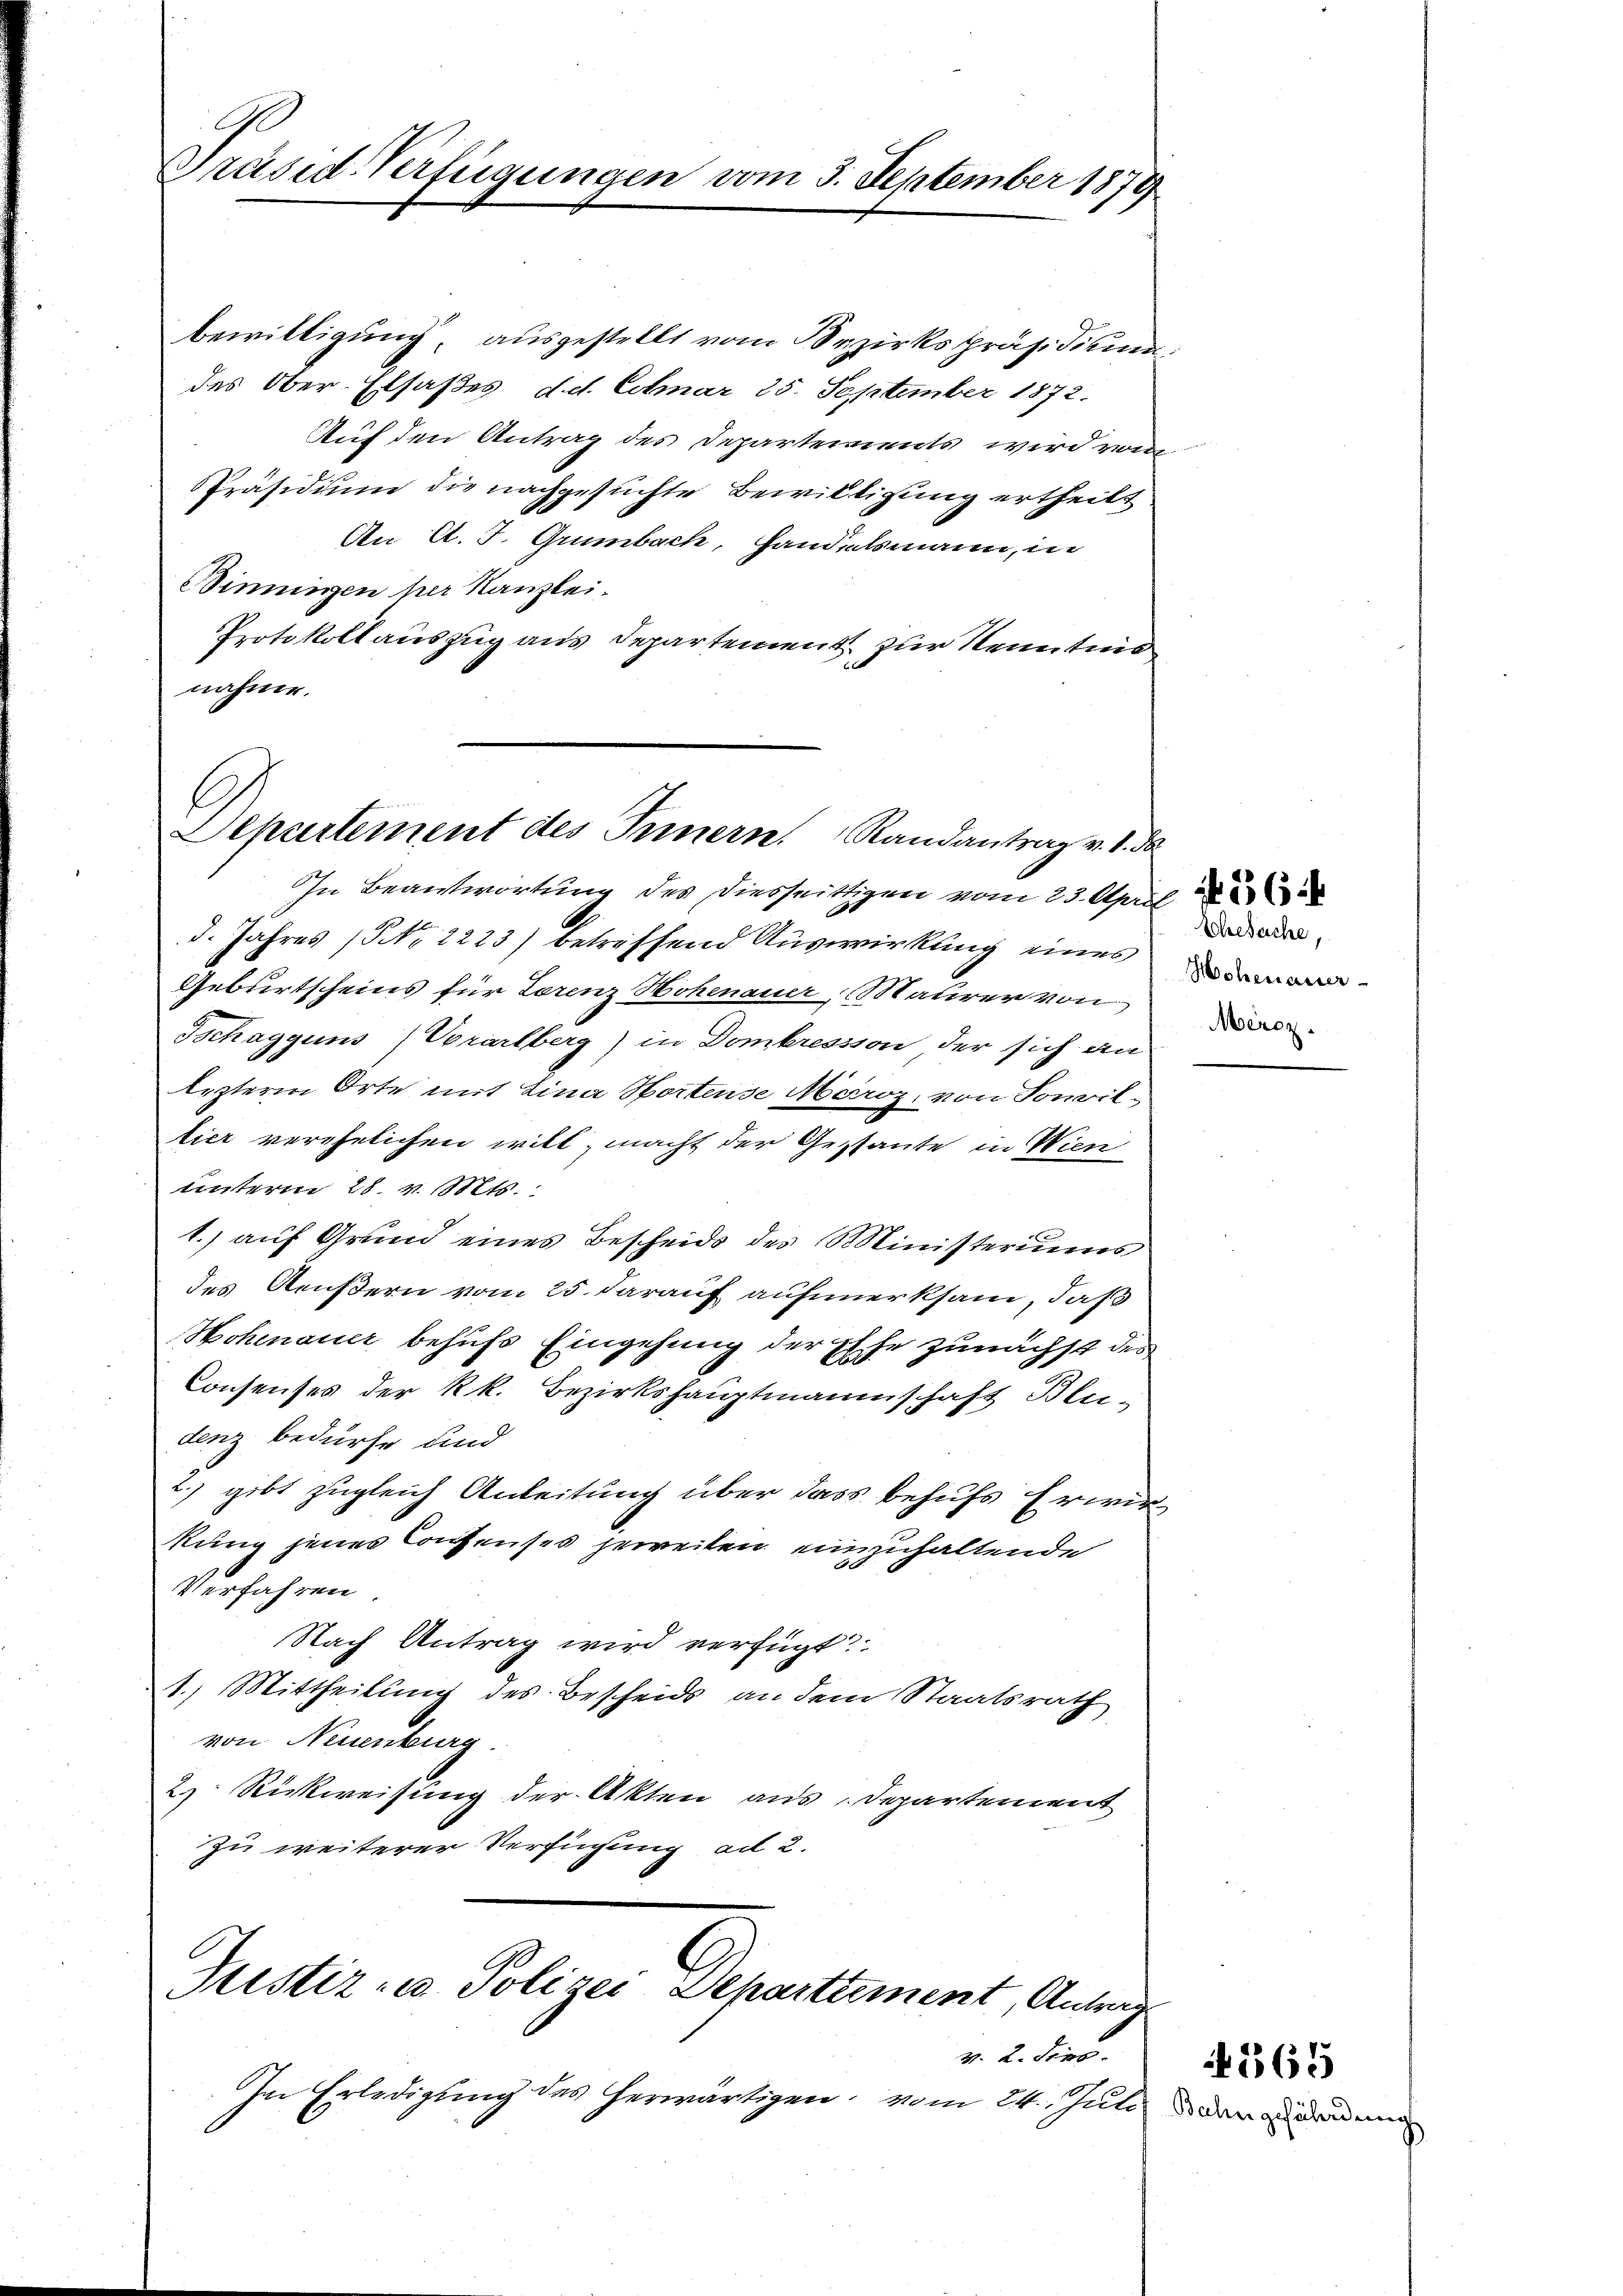
Präsid-Verfügungen vom 3. September 1879

bewilligung, ausgestellt vom Bezirkspräsidium
des Ober-Elsaßes d.d. Cobuar 25. September 1872.
Auf den Antrag des Departements wird von
Präsidium die nachgesuchte Bewilligung ertheilt
An A. J. Grumbach, Handelsmann, in
Dinungen her Kanzlei-
Protokoll auszug aus Departement zur Kenntnis
nähme.

Departement des Innern Randantrag v. 1. da

I. Jahres (NNo. 2223) betreffend Auswirkung eines
Geburtscheins für Lorenz Hohenauer, Maurer von
Tschagguns / Vorarlberg) in Domkression der sich an
Erzteren Orte mit Lina Sortense Meroz, von Sonvil-
tier verehelichen will, macht der Gestante in Wien
unterm 28. v. Mts.
1.) auf Grund eines Bescheids des Ministeriums
des Aeußern vom 25. darauf aufmerksam, daß
Hohenauer behufs Eingehung der Esche zunächst des
Consenses der kk. Bezirkshauptmannschaft Blu-
denz bedürfe und
2) gibt zugleich Anleitung über dass behufs Erwirkung jenes Consenses jeweilen einzuhaltende
Verfahren
Nach Antrag wird verfügt
1.) Mittheilung des Bescheids an dem Staatsrath
von Neuenburg
2) Rickweisung der Akten aus Departement
zu weiterer Verfügung ad 2.

In Beantwortung des Diesseittigen vom 23. April

Justiz- u. Polizei Departtement, Antrau

v. 2. Dero.
Im Erledigung des herwärtigen, vom 24. Juli

Shesache,
Moheurasser
Mercz

565
Bahn.

erdung